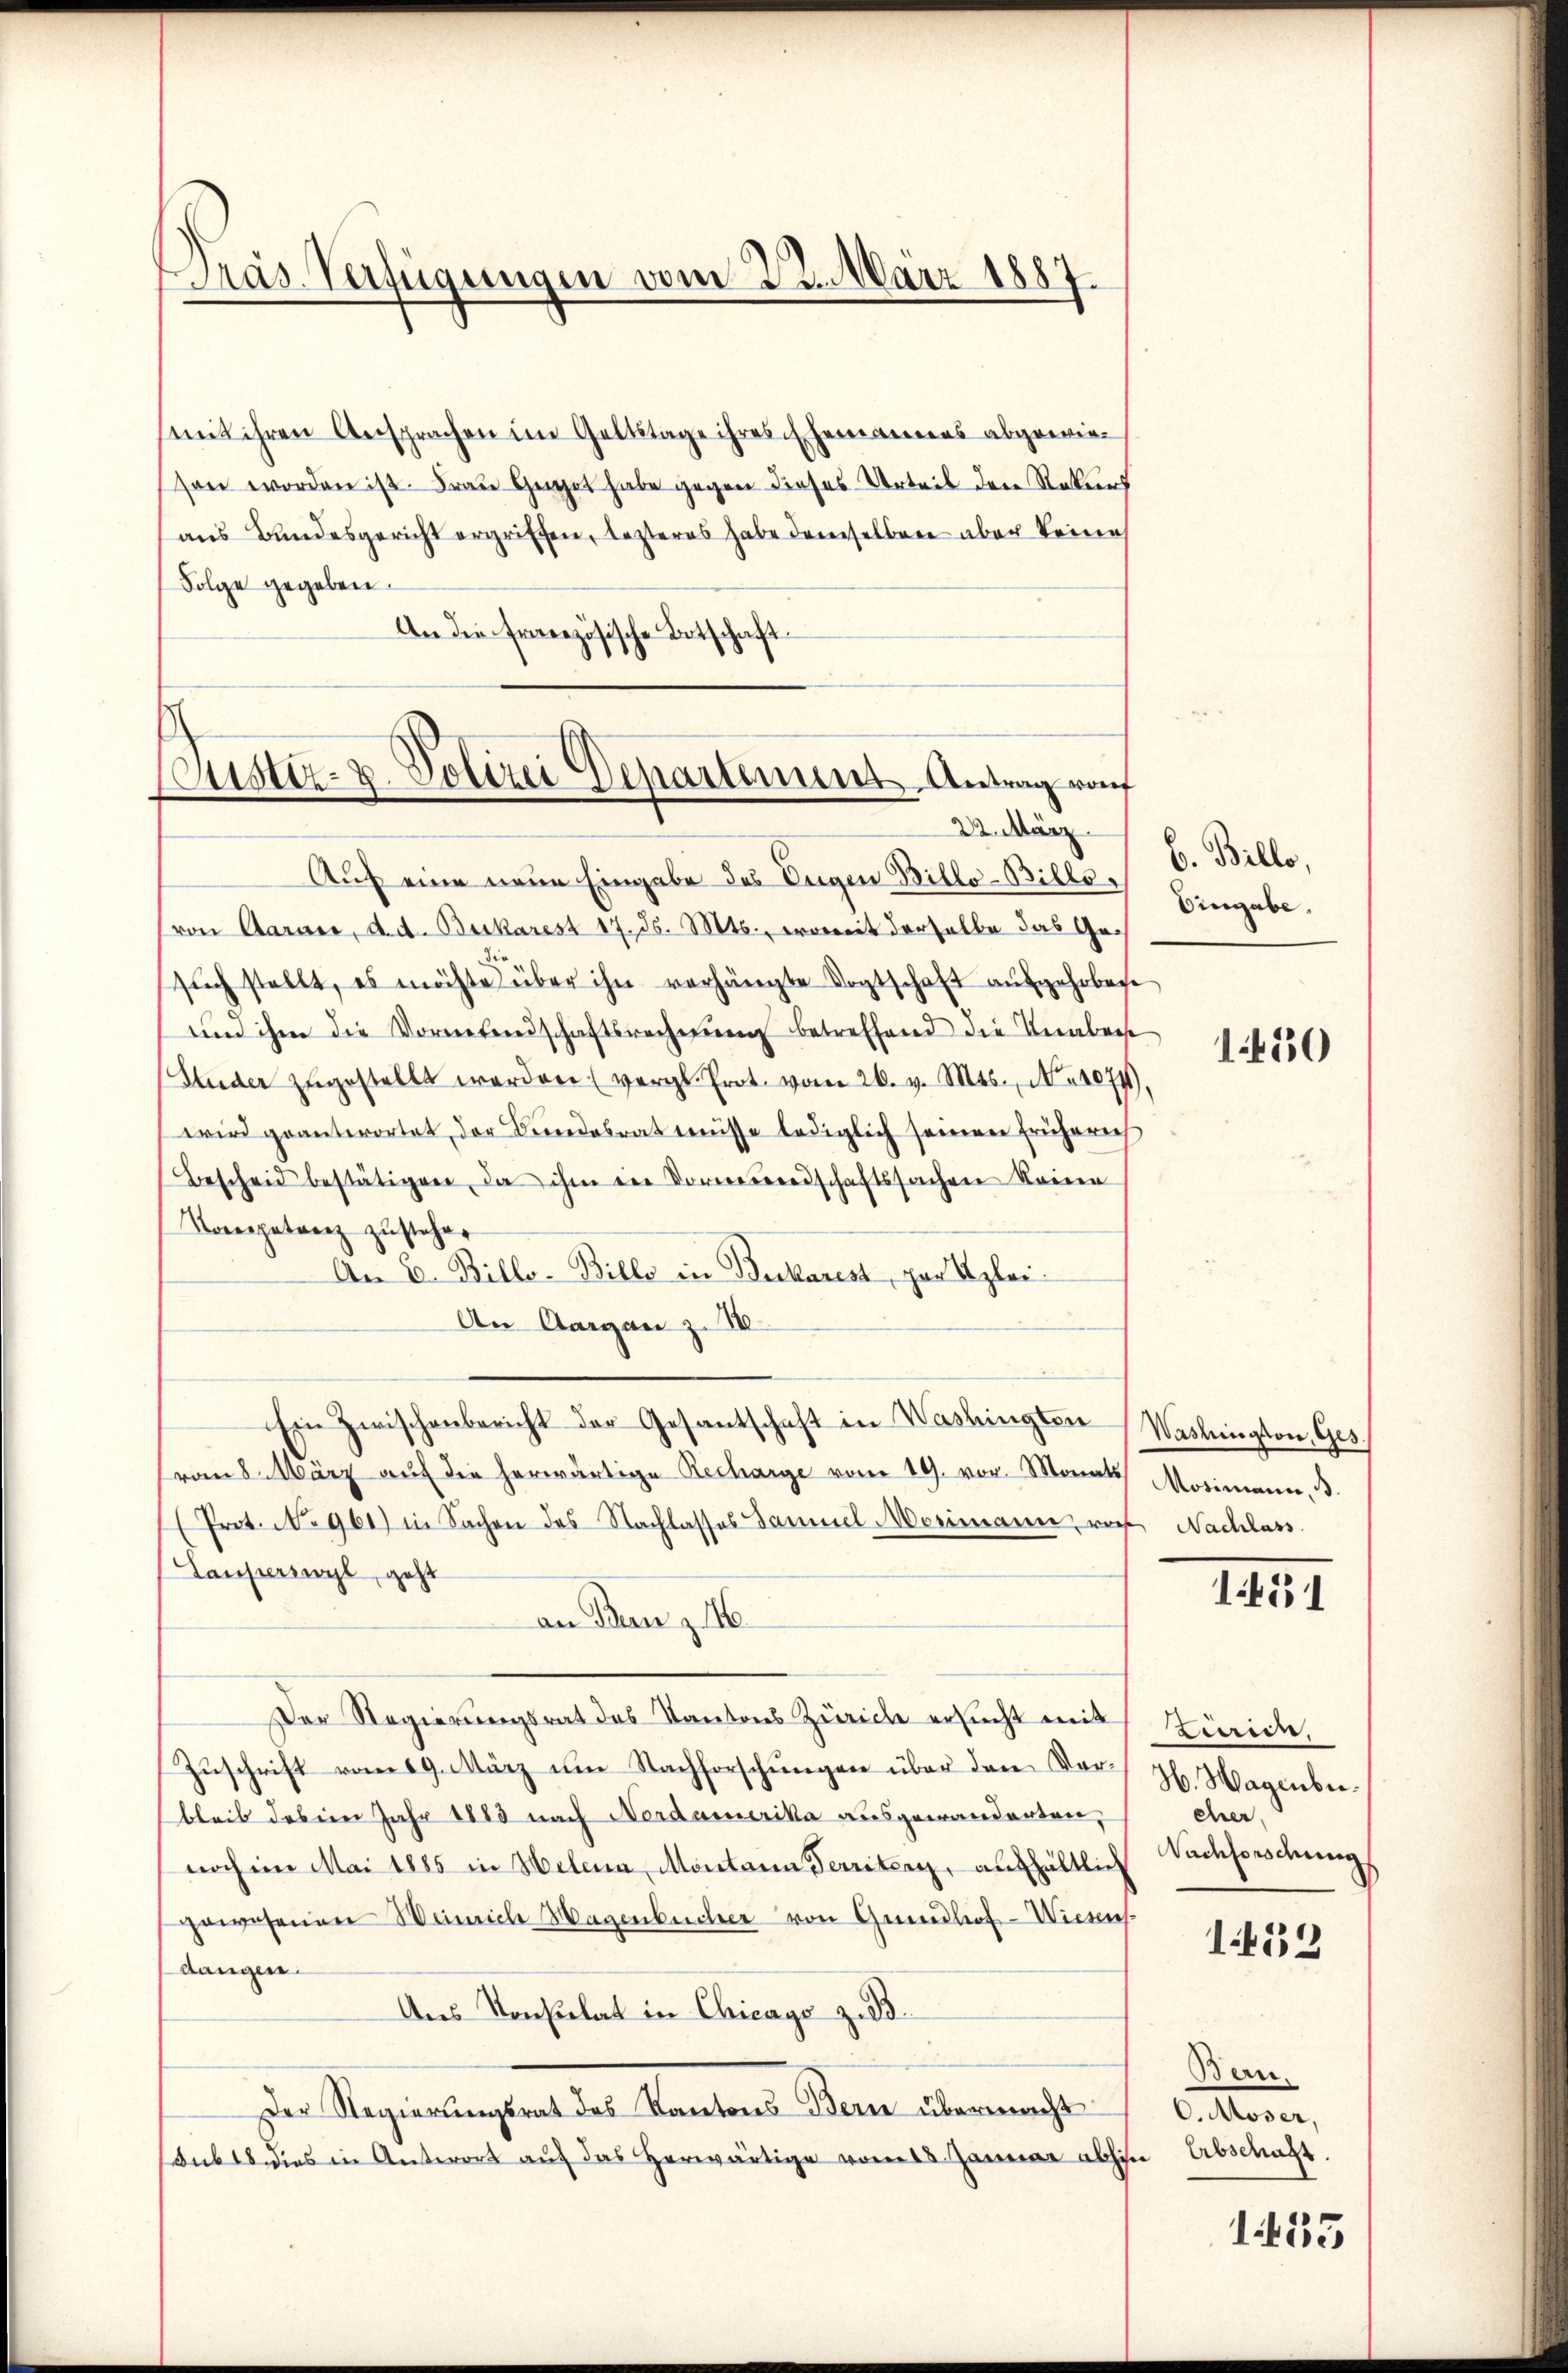
Pras Verfügungen vom 22. März 1887.

mit ihren Ansprachen im Geltstage ihres Ehemanners abgewiesen worden ist. Frau Gut habe gegen dieses Urteil den Rekurs
aus Bundesgericht ergriffen, lezteres habe demselben aber keine
Folge gegeben.
An die Französische Botschaft

Auf eine neue Eingabe des Ungen Billo-Billo¬
(von Aaraić, d. d. Beikarest 17. ds. Mts., womit derselbe das Gesŭch stellt, es möchte über ihn verhängte Vogtschaft aŭfgehobene
um ihm die Vornebendschaftsrechnŭng betreffend die Unaben
Studer zŭgestellt werden. (vergl. Prot. vom 26. v. Mts., Nr. 1074),
wird geantwortet, der Bundesrat eüsse lediglich seinen früherech
Bescheid bestätigen, da ihm die Vormundschaftssachen keinen
Kompetanz zŭstehen
An E. Billo-Bille in Bukarest, par Uzlei.
An Aargau z. 1
Ein Zwischenbericht der Gesantschaft in Washingten Washington, Ges.
vom 8. März aŭf die herwärtige Recharge vom 19. vor. Monats Mosimann, B
(Prot. No 961) in Sachen des Nachlasses Samuel Merimann, von Nachlass
Lauperswyl, geht
an Benz 146.
Der Regierungsrat des Kantons Zürich ersucht mit
Zuschrift vom 19. März um Nachforschungen über den Vorbleib dabein Jahr 1883 nach Nordamerika ausgewanderten,
noch ein Mai 1885 in Helena, Montana Territern, aufhältlich
gewesenen Weinrich Hagenbücher von Grundlof-Wiesens
dangen.
Ans Konsulat in Chicago zu d
Der Regierungsrat des Kantons Bern übermacht
Laubes dies in Antwort aŭf das herwärtige vom 18. Januar abhin Abschaft.

Justiz- u. Polizei Departement Antrag rach
22. März

b. Billo,
Eingabe.

1450

1451

Zurien.
H. Hagenbercher
Nachforschung

1453

Ban.
O. Moser,

1455